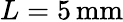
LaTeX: L=5\, \mathrm{mm}